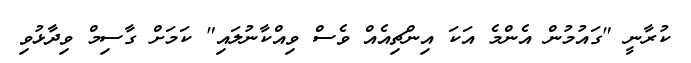
ކުރާނީ "ގައުމުން އެންމެ އަކަ އިންޗިއެއް ވެސް ވިއްކާނުލައި" ކަމަށް ގާސިމް ވިދާޅުވި